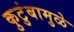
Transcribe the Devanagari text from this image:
कुटुंबामुळे